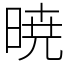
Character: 暁